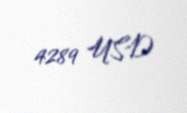
4289 USD